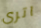
اترى